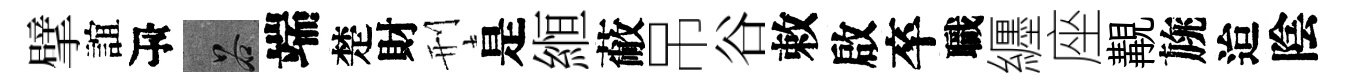
擘誼瓴谷端楚財刑是縆蔽吊谷敕啟卒職纒座覯旐迨陰